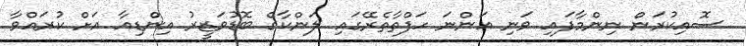
ސޮއިކުރަން ނިންމާފައި ވަނި އަންނަ ހަފްތާތެރޭގައި ލަންކާގެ ބޮޑުވަޒީރު އިންޑިއާ އަށް ކުރައްވާ